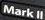
Mark II